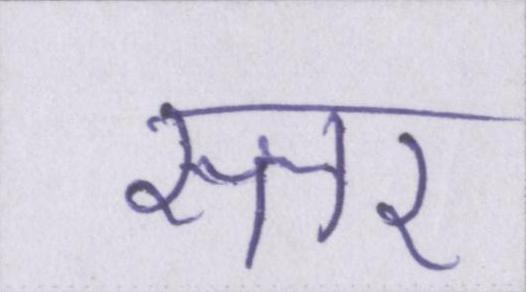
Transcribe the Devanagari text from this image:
स्तर